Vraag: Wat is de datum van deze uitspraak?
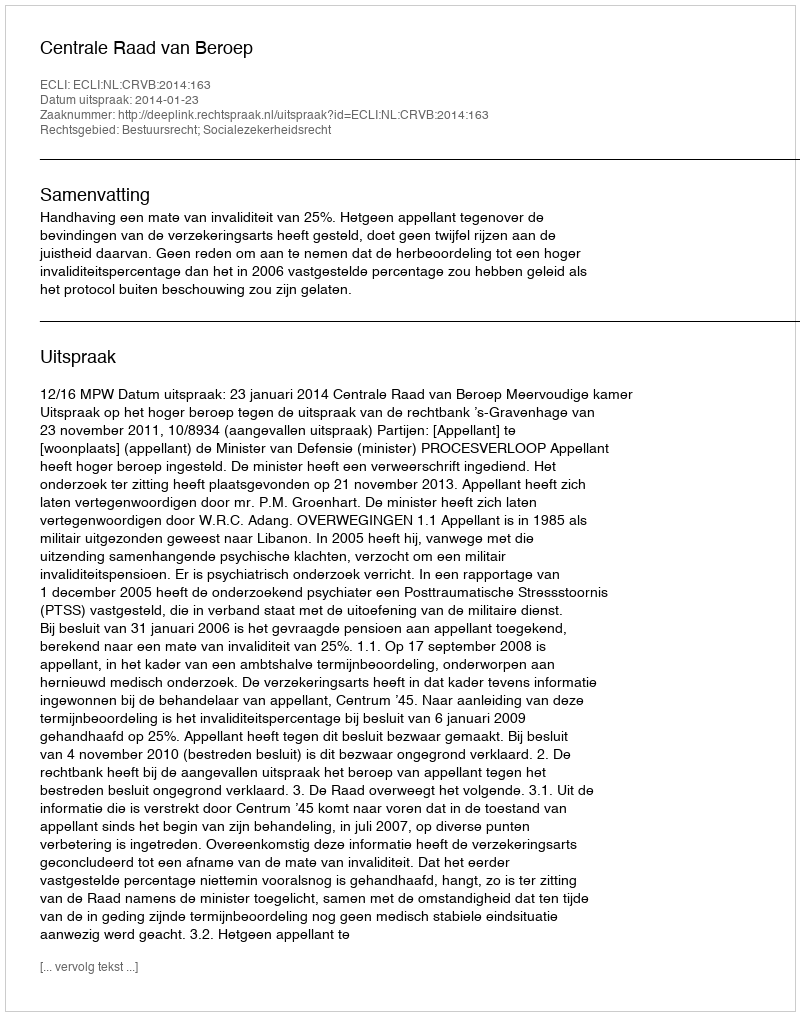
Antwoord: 2014-01-23